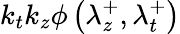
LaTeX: k_{t}k_{z}\phi\left(\lambda_{z}^{+},\lambda_{t}^{+}\right)